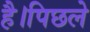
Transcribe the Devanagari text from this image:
है।पिछले